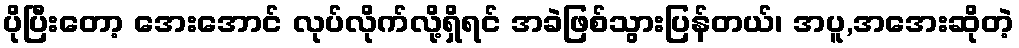
ပိုပြီးတော့ အေးအောင် လုပ်လိုက်လို့ရှိရင် အခဲဖြစ်သွားပြန်တယ်၊ အပူ,အအေးဆိုတဲ့